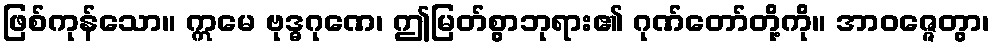
ဖြစ်ကုန်သော။ ဣမေ ဗုဒ္ဓဂုဏေ၊ ဤမြတ်စွာဘုရား၏ ဂုဏ်တော်တို့ကို။ အာဝဇ္ဇေတွာ၊